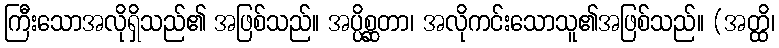
ကြီးသောအလိုရှိသည်၏ အဖြစ်သည်။ အပ္ပိစ္ဆတာ၊ အလိုကင်းသောသူ၏အဖြစ်သည်။ (အတ္ထိ၊